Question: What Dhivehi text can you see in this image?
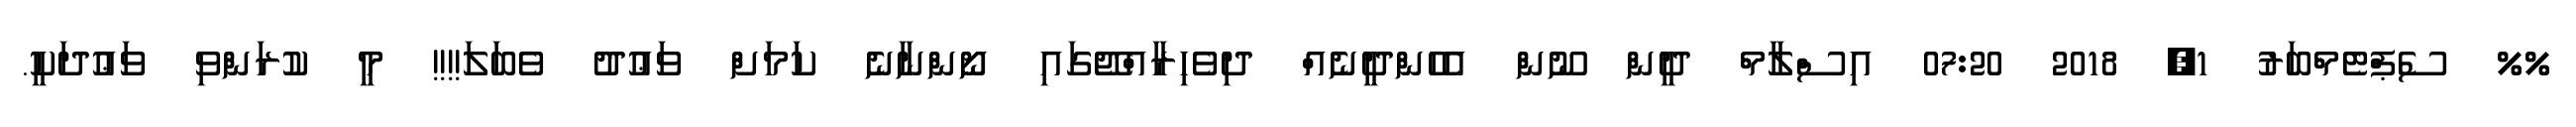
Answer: %% ސެޕްޓެމްބަރު 1, 2018 07:20 އިސްލާމް ދީން ނޫން އެހެންދީނެއް ދިވެހިރާއްޖޭގައި ނޯންނާނެ ކަމަށް ވަޢުދު ވެބަލަ!!!! މީ ކުރަންވި ވަޢުދަކީ.